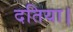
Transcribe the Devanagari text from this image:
दतिया।